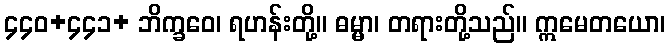
၄၄၀+၄၄၁+ ဘိက္ခဝေ၊ ရဟန်းတို့။ ဓမ္မာ၊ တရားတို့သည်။ ဣမေတယော၊